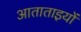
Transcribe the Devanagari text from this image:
आताताइयों